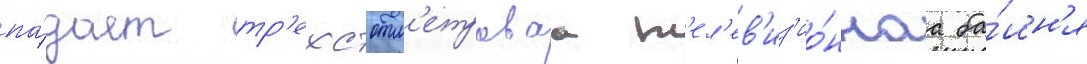
па́дает тр'ехсотм'етроваа т'ел'ев'из'ио́ннаа ба́шн'я